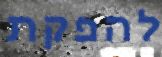
להפקת